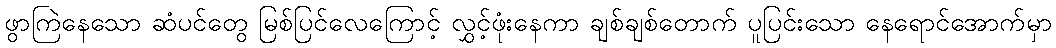
ဖွာကြဲနေသော ဆံပင်တွေ မြစ်ပြင်လေကြောင့် လွှင့်ဖုံးနေကာ ချစ်ချစ်တောက် ပူပြင်းသော နေရောင်အောက်မှာ